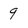
Character: 9